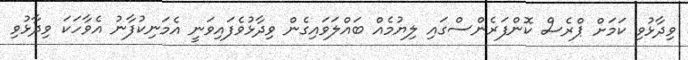
ވިދާޅުވި ކަމަށް ޕްރެސް ކޮންފަރެންސްގައި ލިޔުމެއް ބައްލަވައިގެން ވިދާޅުވެފައިވަނީ އެމަނިކުފާނު އެވާހަކަ ވިދާޅުވި